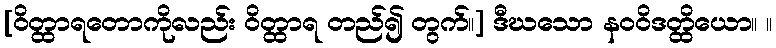
[ဝိတ္ထာရတောကိုလည်း ဝိတ္ထာရ တည်၍ တွက်။] ဒီဃသော နဝဝိဒတ္ထိယော။ ။